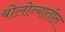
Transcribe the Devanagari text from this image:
बोलोन्यातील